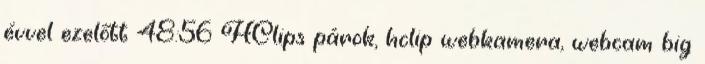
évvel ezelőtt 48:56 HClips párok, hclip webkamera, webcam big